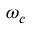
\omega _ { c }